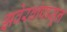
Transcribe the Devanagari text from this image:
झवेरबांपासून